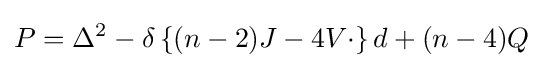
P=\Delta ^{2}-\delta \left\{(n-2)J-4V\cdot \right\}d+(n-4)Q